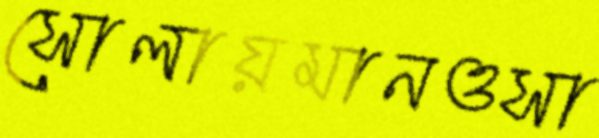
সোলায়মানওসা